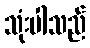
သုံးပါသည်